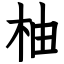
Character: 柚